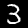
Digit: 3